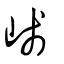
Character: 嶘